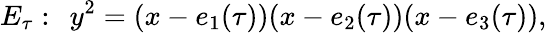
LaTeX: E_{\tau}:\: \: y^{2}=(x-e_{1}(\tau))(x-e_{2}(\tau))(x-e_{3}(\tau)),